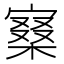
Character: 𡪧